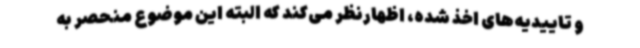
و تاییدیه‌های اخذ شده، اظهارنظر می‌کند که البته این موضوع منحصر به